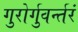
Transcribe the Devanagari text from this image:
गुरोर्गुवर्न्तरं